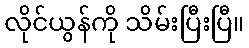
လိုင်ယွန်ကို သိမ်းပြီးပြီ။